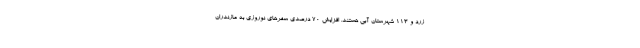
زرد و ۱۱۳ شهرستان آبی هستند. افزایش 70 درصدی سفرهای نوروزی به مازندران